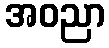
အဝညာ